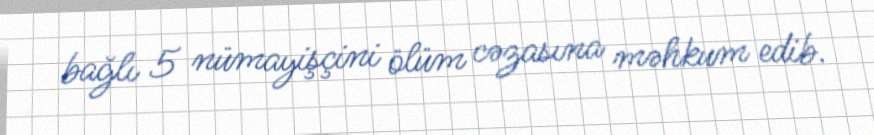
bağlı 5 nümayişçini ölüm cəzasına məhkum edib.